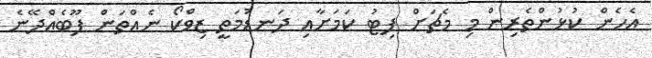
އެހެން ކުޅުންތެރިން މި މެޗަށް ފިޓު ކަމަށާއި ދަނޑުމަތީ ޒިވްކޯ ނެއްތަން ފޫބެއްދޭނެ